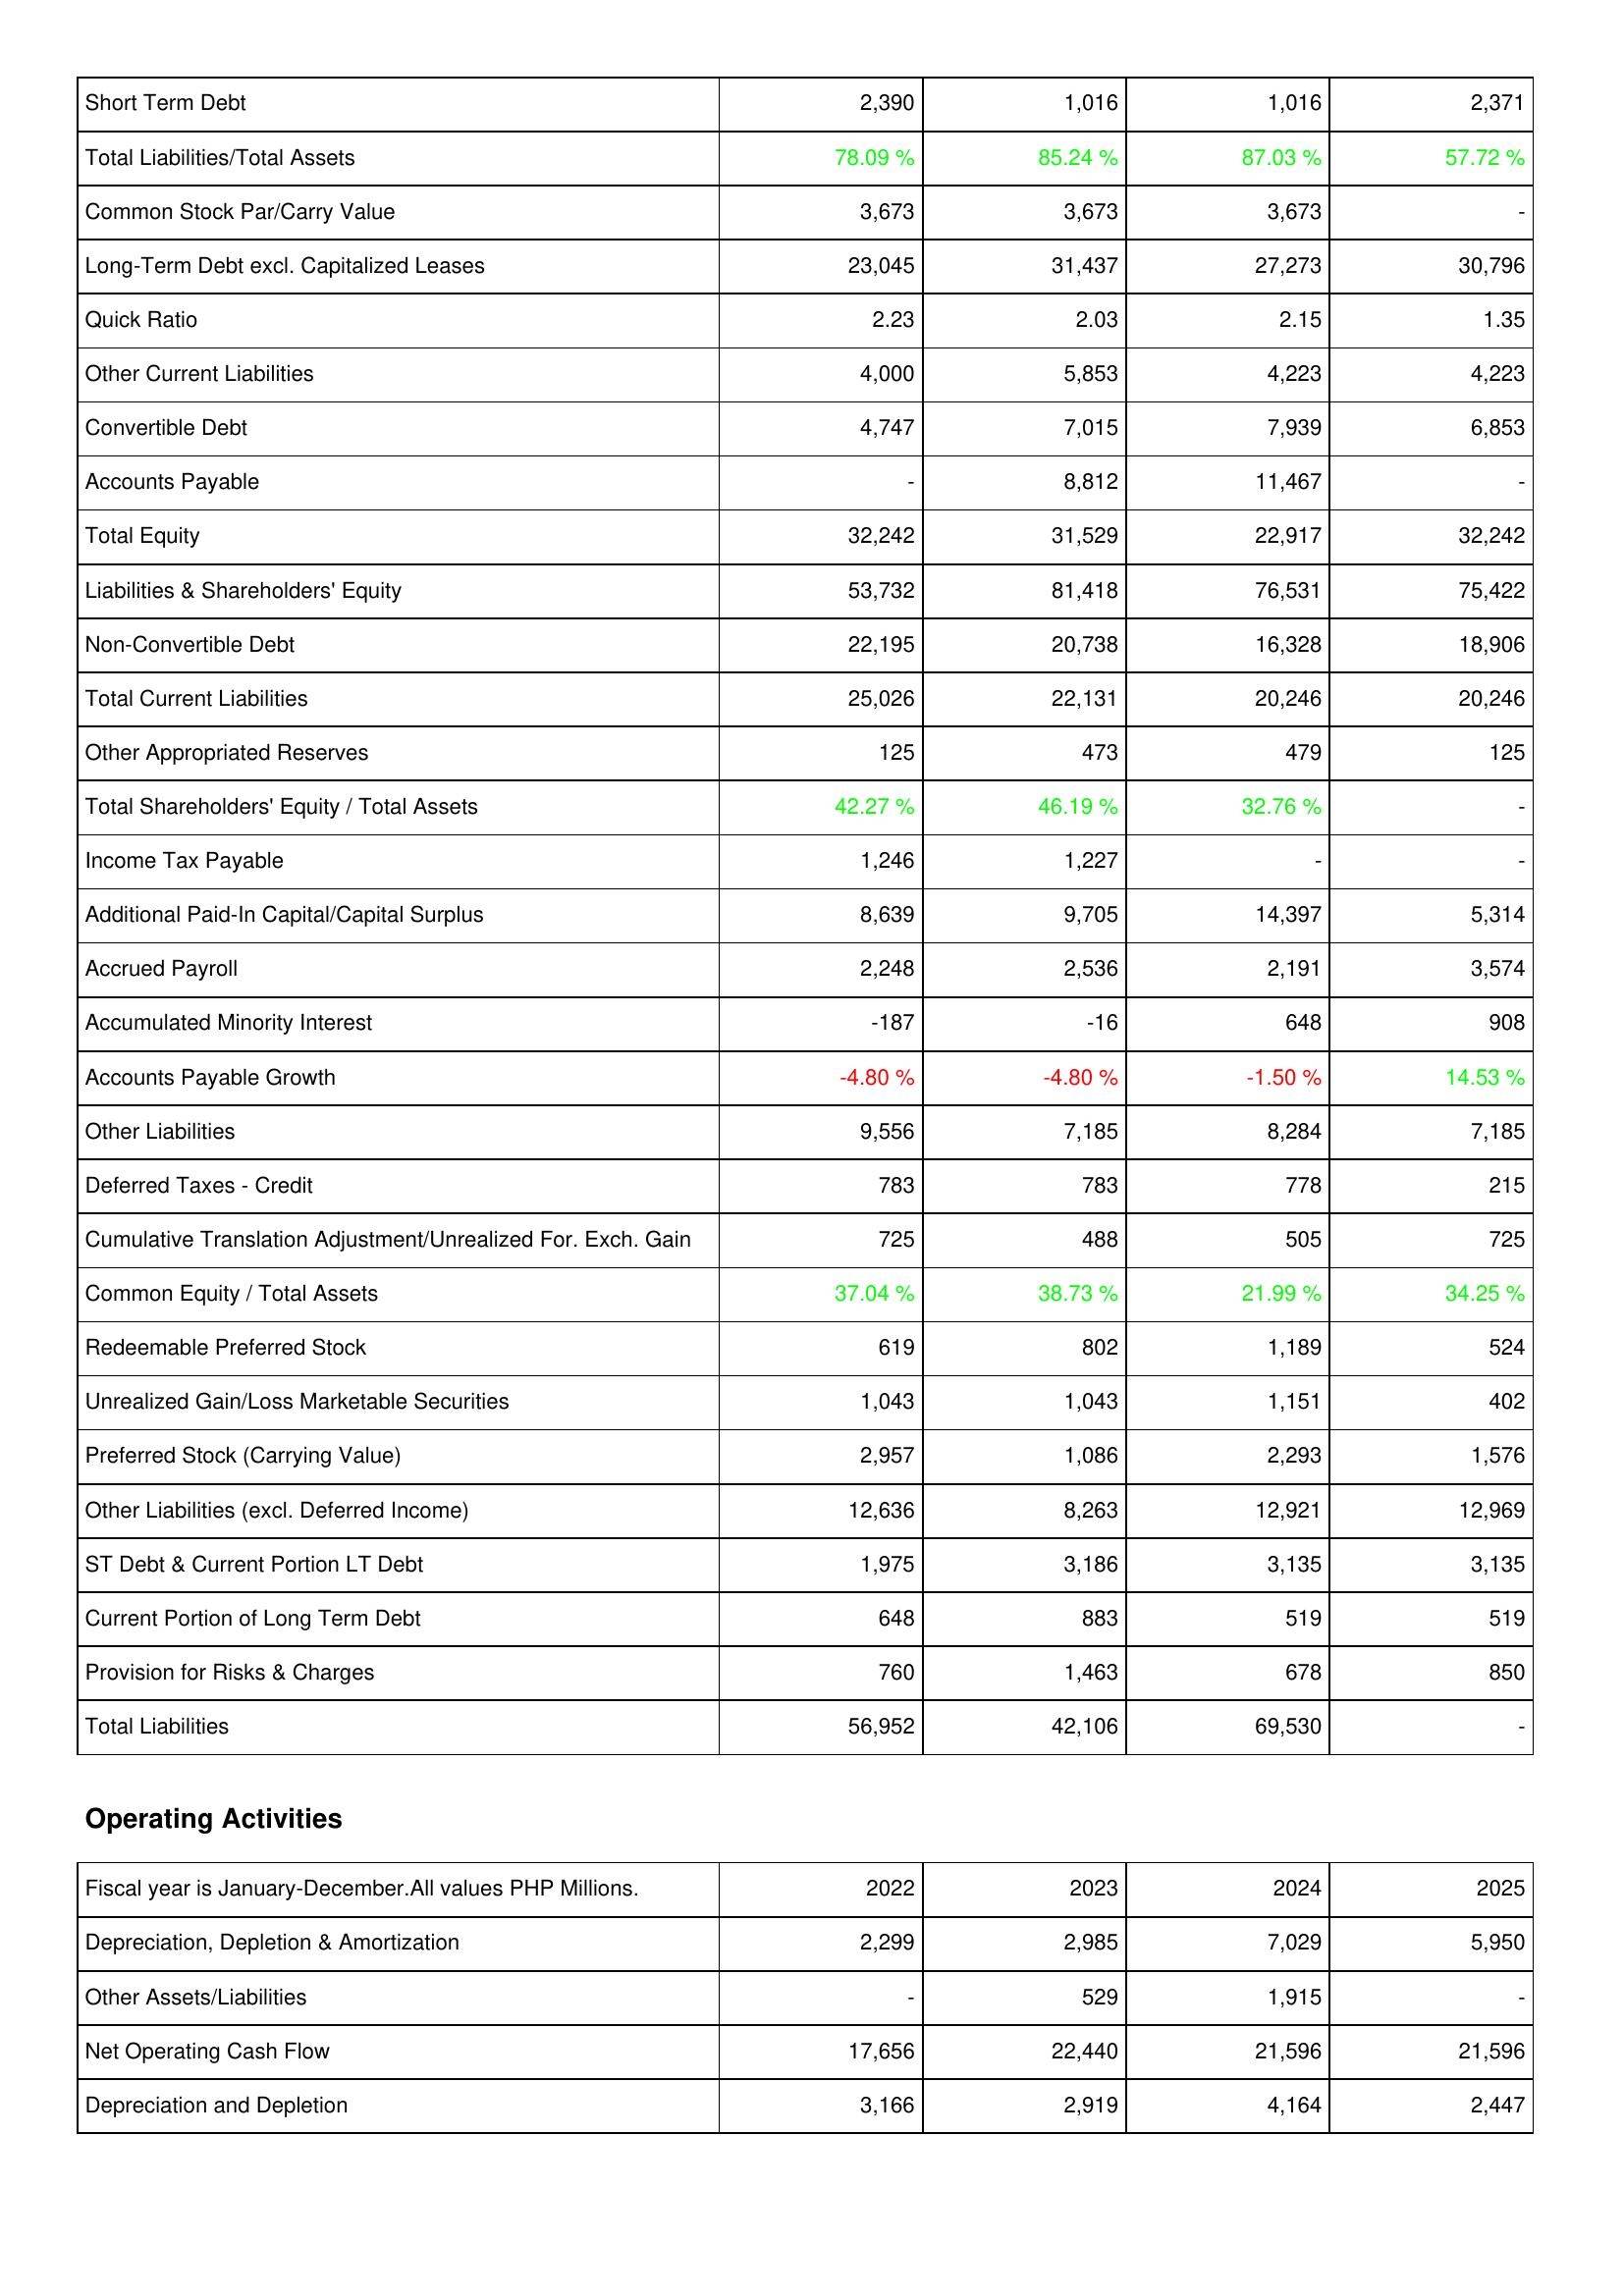
2022: Liabilities & Shareholders' Equity: Short Term Debt: 2,390
Total Liabilities/Total Assets: 78.09 %
Common Stock Par/Carry Value: 3,673
Long-Term Debt excl. Capitalized Leases: 23,045
Quick Ratio: 2.23
Other Current Liabilities: 4,000
Convertible Debt: 4,747
Accounts Payable: -
Total Equity: 32,242
Liabilities & Shareholders' Equity: 53,732
Non-Convertible Debt: 22,195
Total Current Liabilities: 25,026
Other Appropriated Reserves: 125
Total Shareholders' Equity / Total Assets: 42.27 %
Income Tax Payable: 1,246
Additional Paid-In Capital/Capital Surplus: 8,639
Accrued Payroll: 2,248
Accumulated Minority Interest: -187
Accounts Payable Growth: -4.80 %
Other Liabilities: 9,556
Deferred Taxes - Credit: 783
Cumulative Translation Adjustment/Unrealized For. Exch. Gain: 725
Common Equity / Total Assets: 37.04 %
Redeemable Preferred Stock: 619
Unrealized Gain/Loss Marketable Securities: 1,043
Preferred Stock (Carrying Value): 2,957
Other Liabilities (excl. Deferred Income): 12,636
ST Debt & Current Portion LT Debt: 1,975
Current Portion of Long Term Debt: 648
Provision for Risks & Charges: 760
Total Liabilities: 56,952
Operating Activities: Depreciation, Depletion & Amortization: 2,299
Other Assets/Liabilities: -
Net Operating Cash Flow: 17,656
Depreciation and Depletion: 3,166
2023: Liabilities & Shareholders' Equity: Short Term Debt: 1,016
Total Liabilities/Total Assets: 85.24 %
Common Stock Par/Carry Value: 3,673
Long-Term Debt excl. Capitalized Leases: 31,437
Quick Ratio: 2.03
Other Current Liabilities: 5,853
Convertible Debt: 7,015
Accounts Payable: 8,812
Total Equity: 31,529
Liabilities & Shareholders' Equity: 81,418
Non-Convertible Debt: 20,738
Total Current Liabilities: 22,131
Other Appropriated Reserves: 473
Total Shareholders' Equity / Total Assets: 46.19 %
Income Tax Payable: 1,227
Additional Paid-In Capital/Capital Surplus: 9,705
Accrued Payroll: 2,536
Accumulated Minority Interest: -16
Accounts Payable Growth: -4.80 %
Other Liabilities: 7,185
Deferred Taxes - Credit: 783
Cumulative Translation Adjustment/Unrealized For. Exch. Gain: 488
Common Equity / Total Assets: 38.73 %
Redeemable Preferred Stock: 802
Unrealized Gain/Loss Marketable Securities: 1,043
Preferred Stock (Carrying Value): 1,086
Other Liabilities (excl. Deferred Income): 8,263
ST Debt & Current Portion LT Debt: 3,186
Current Portion of Long Term Debt: 883
Provision for Risks & Charges: 1,463
Total Liabilities: 42,106
Operating Activities: Depreciation, Depletion & Amortization: 2,985
Other Assets/Liabilities: 529
Net Operating Cash Flow: 22,440
Depreciation and Depletion: 2,919
2024: Liabilities & Shareholders' Equity: Short Term Debt: 1,016
Total Liabilities/Total Assets: 87.03 %
Common Stock Par/Carry Value: 3,673
Long-Term Debt excl. Capitalized Leases: 27,273
Quick Ratio: 2.15
Other Current Liabilities: 4,223
Convertible Debt: 7,939
Accounts Payable: 11,467
Total Equity: 22,917
Liabilities & Shareholders' Equity: 76,531
Non-Convertible Debt: 16,328
Total Current Liabilities: 20,246
Other Appropriated Reserves: 479
Total Shareholders' Equity / Total Assets: 32.76 %
Income Tax Payable: -
Additional Paid-In Capital/Capital Surplus: 14,397
Accrued Payroll: 2,191
Accumulated Minority Interest: 648
Accounts Payable Growth: -1.50 %
Other Liabilities: 8,284
Deferred Taxes - Credit: 778
Cumulative Translation Adjustment/Unrealized For. Exch. Gain: 505
Common Equity / Total Assets: 21.99 %
Redeemable Preferred Stock: 1,189
Unrealized Gain/Loss Marketable Securities: 1,151
Preferred Stock (Carrying Value): 2,293
Other Liabilities (excl. Deferred Income): 12,921
ST Debt & Current Portion LT Debt: 3,135
Current Portion of Long Term Debt: 519
Provision for Risks & Charges: 678
Total Liabilities: 69,530
Operating Activities: Depreciation, Depletion & Amortization: 7,029
Other Assets/Liabilities: 1,915
Net Operating Cash Flow: 21,596
Depreciation and Depletion: 4,164
2025: Liabilities & Shareholders' Equity: Short Term Debt: 2,371
Total Liabilities/Total Assets: 57.72 %
Common Stock Par/Carry Value: -
Long-Term Debt excl. Capitalized Leases: 30,796
Quick Ratio: 1.35
Other Current Liabilities: 4,223
Convertible Debt: 6,853
Accounts Payable: -
Total Equity: 32,242
Liabilities & Shareholders' Equity: 75,422
Non-Convertible Debt: 18,906
Total Current Liabilities: 20,246
Other Appropriated Reserves: 125
Total Shareholders' Equity / Total Assets: -
Income Tax Payable: -
Additional Paid-In Capital/Capital Surplus: 5,314
Accrued Payroll: 3,574
Accumulated Minority Interest: 908
Accounts Payable Growth: 14.53 %
Other Liabilities: 7,185
Deferred Taxes - Credit: 215
Cumulative Translation Adjustment/Unrealized For. Exch. Gain: 725
Common Equity / Total Assets: 34.25 %
Redeemable Preferred Stock: 524
Unrealized Gain/Loss Marketable Securities: 402
Preferred Stock (Carrying Value): 1,576
Other Liabilities (excl. Deferred Income): 12,969
ST Debt & Current Portion LT Debt: 3,135
Current Portion of Long Term Debt: 519
Provision for Risks & Charges: 850
Total Liabilities: -
Operating Activities: Depreciation, Depletion & Amortization: 5,950
Other Assets/Liabilities: -
Net Operating Cash Flow: 21,596
Depreciation and Depletion: 2,447